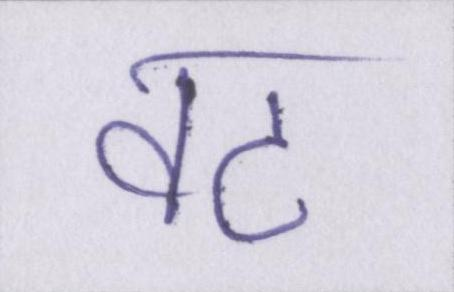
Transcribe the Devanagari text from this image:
वट